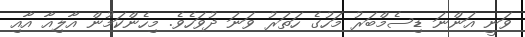
ވަނީ އަންނަ ޑިސެމްބަރު މަހުގެ ހަތަރު ވަނަ ދުވަހެވެ. މިހެންކަމުން އާލިއާ އާއި